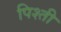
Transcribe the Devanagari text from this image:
पिश्ती